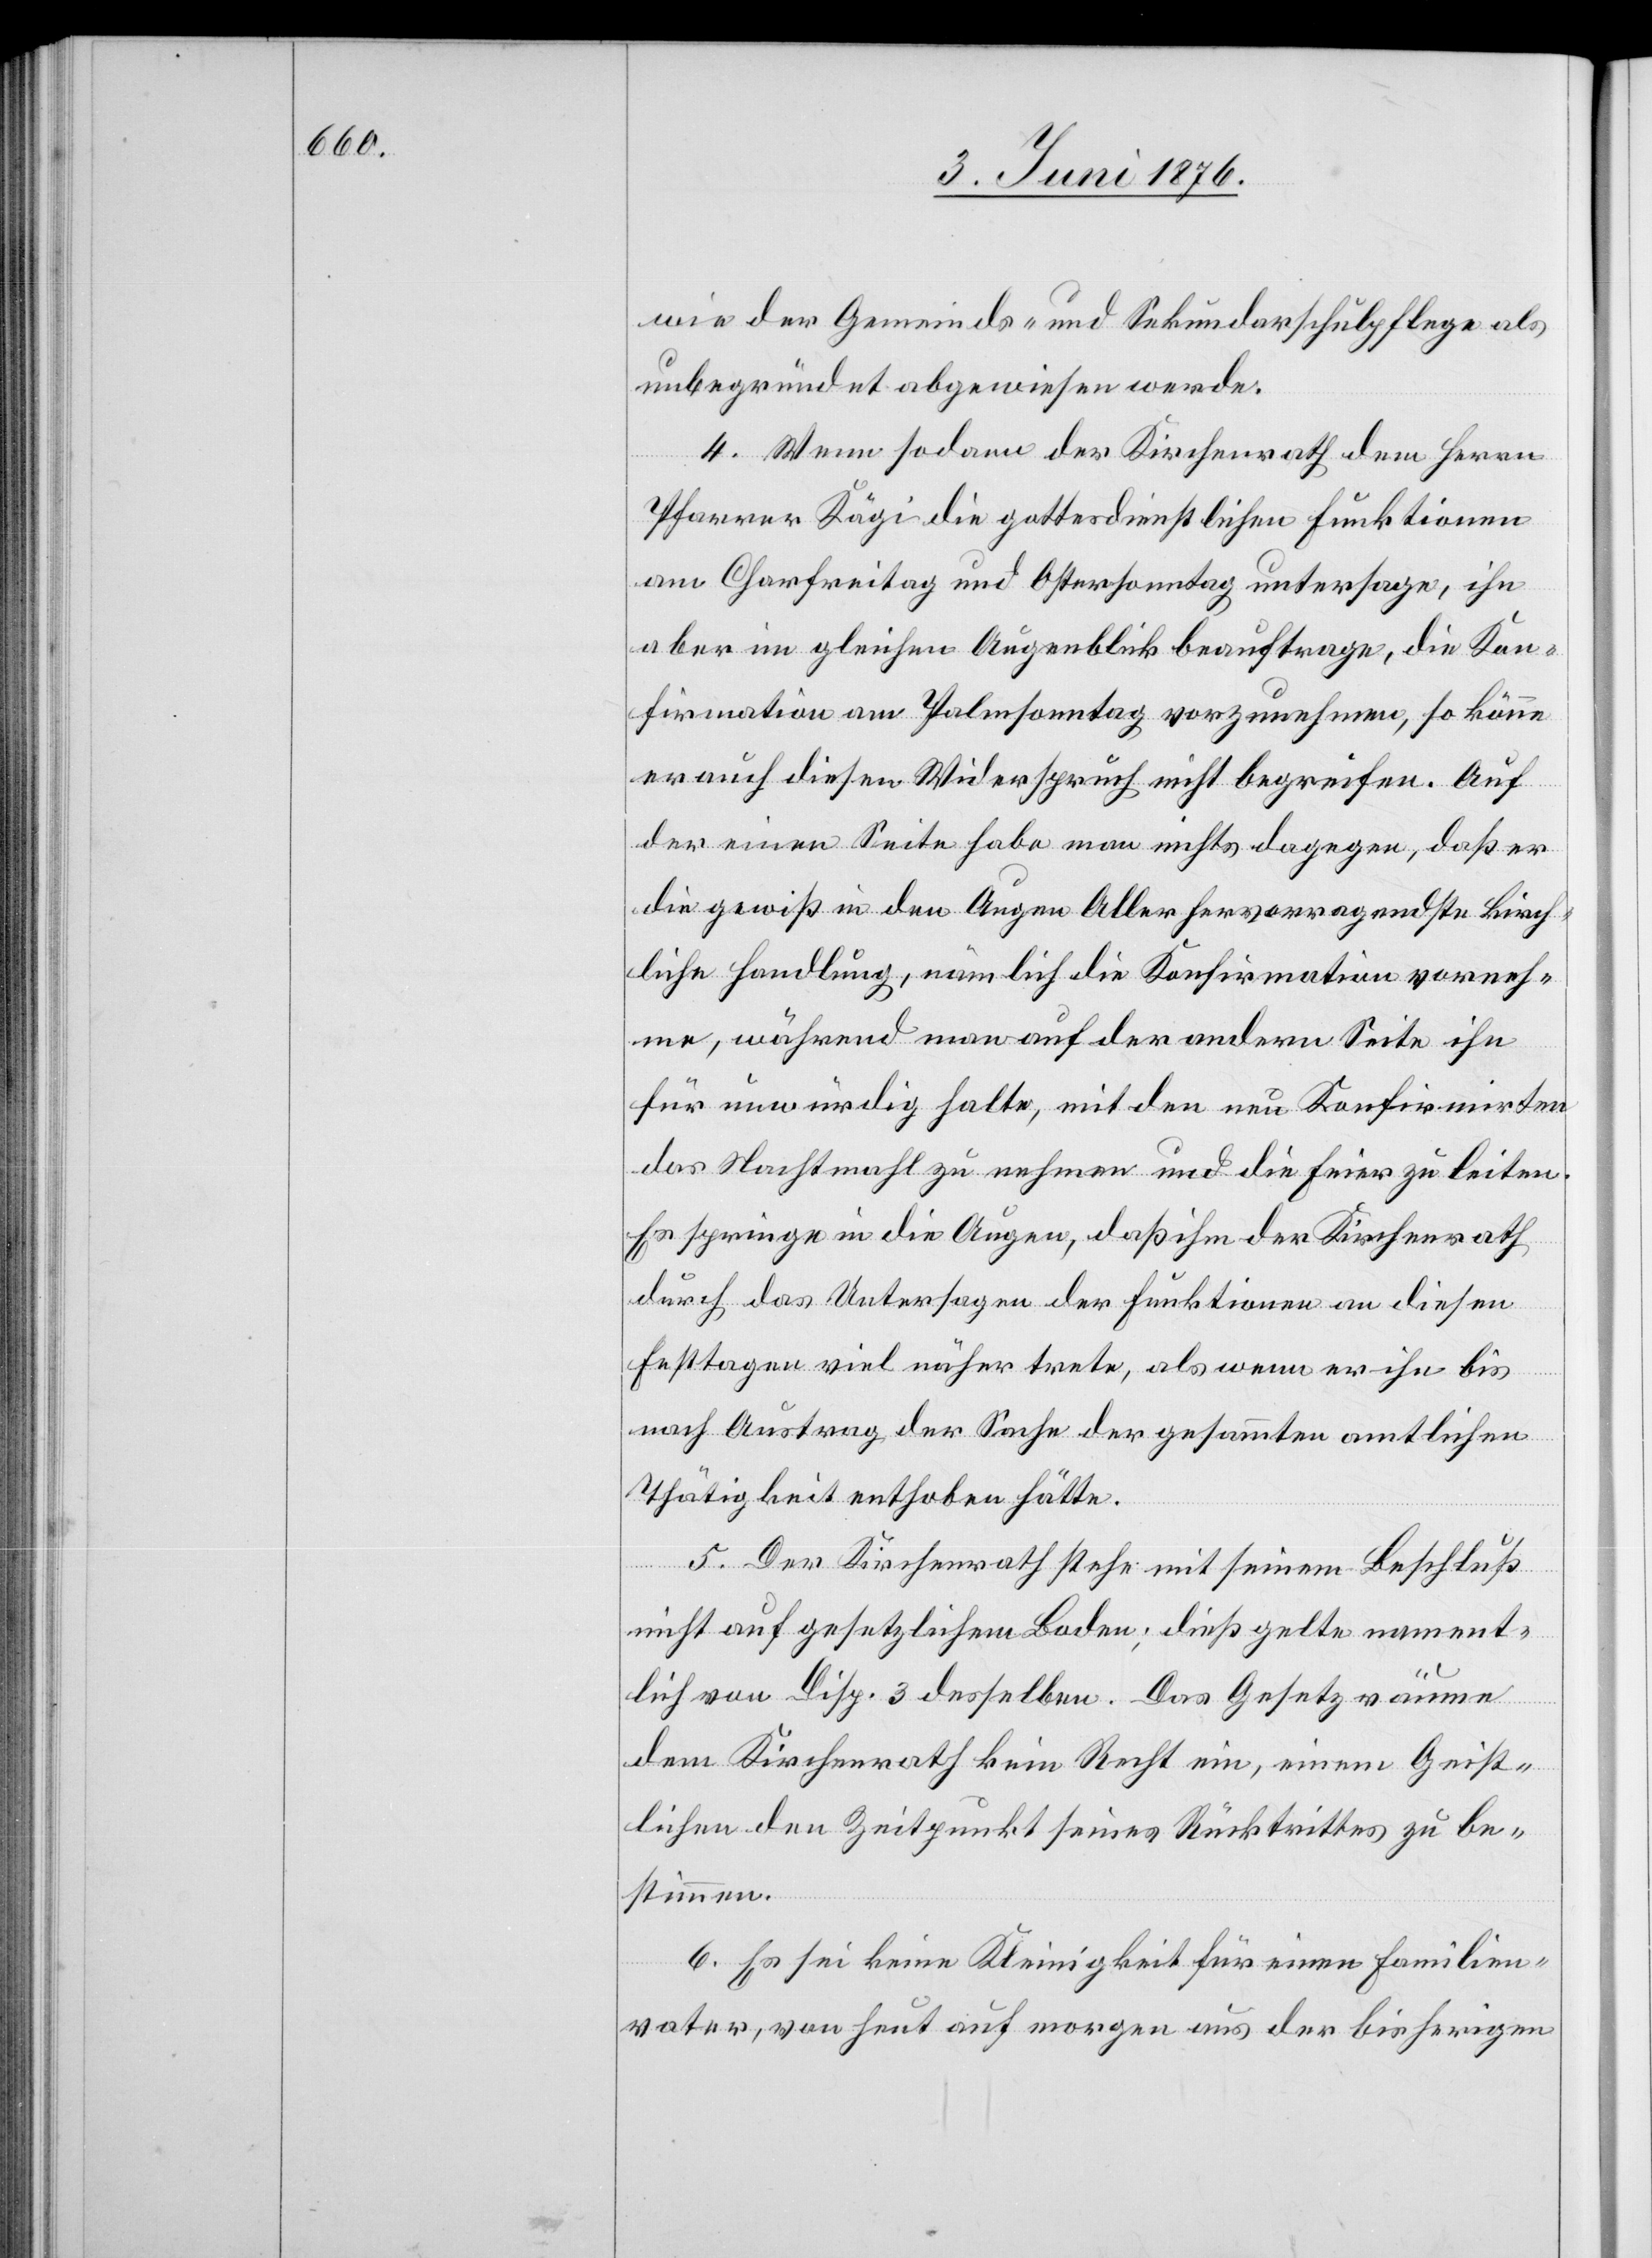
wie der Gemeinds- und Sekundarschulpflege als
unbegründet abgewiesen werde.
4. Wenn sodann der Kirchenrath dem Herrn
Pfarrer Kägi die gottesdienstlichen Funktionen
am Charfreitag und Ostersonntag untersage, ihn
aber im gleichen Augenblick beauftrage, die Kon¬
firmation am Palmsonntag vorzunehmen, so könne
er auch diesen Widerspruch nicht begreifen. Auf
der einen Seite habe man nichts dagegen, daß er
die gewiß in den Augen Aller hervorragendste kirch¬
liche Handlung, nämlich die Konfirmation vorneh¬
me, während man auf der andern Seite ihn
für unwürdig halte, mit den neu Konfirmirten
das Nachtmal zu nehmen und die Feier zu leiten.
Es springe in die Augen, daß ihm der Kirchenrath
durch das Untersagen der Funktionen an diesen
Festtagen viel näher trete, als wenn er ihn bis
nach Austrag der Sache der gesammten amtlichen
Thätigkeit enthoben hätte.
5. Der Kirchenrath stehe mit seinem Beschluß
nicht auf gesetzlichem Boden; dieß gelte nament¬
lich von Disp. 3 desselben. Das Gesetz räume
dem Kirchenrath kein Recht ein, einem Geist¬
lichen den Zeitpunkt seines Rücktrittes zu be¬
stimmen.
6. Es sei keine Kleinigkeit für einen Familien¬
vater, von heut auf morgen aus der bisherigen